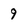
Character: 9